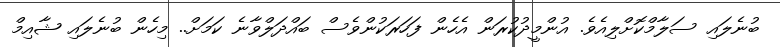
ބުނެލައި ސަލާމްކޮށްލިއެވެ. އުންމީދުކުރަން އެހެން ފަހަރަކުންވެސް ބައްދަލްވާނެ ކަމަށް.. މިހެން ބުނެލައި ޝާއިމް